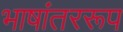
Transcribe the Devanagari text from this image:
भाषांतररूप